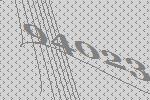
94023